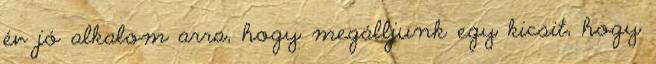
év jó alkalom arra, hogy megálljunk egy kicsit, hogy